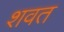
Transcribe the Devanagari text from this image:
शवत